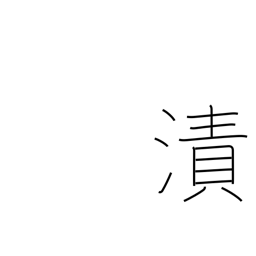
Meaning: moisten